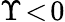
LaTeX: \Upsilon\! <\! 0